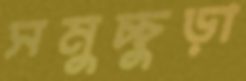
সমুচ্চুড়া